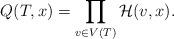
LaTeX: \begin{align*} Q(T, x) &= \prod_{v \in V(T)} \mathcal{H}(v, x) . \end{align*}